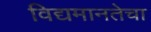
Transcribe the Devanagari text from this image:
विद्यमानतेचा